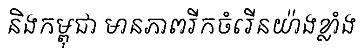
និងកម្ពុជា មានភាពរីកចំរើនយ៉ាងខ្លាំង